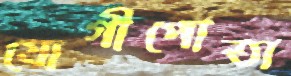
যোগীপোতা